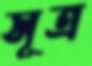
সূত্র